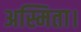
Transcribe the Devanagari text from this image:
अस्मिता।